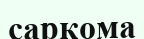
саркома